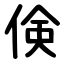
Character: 倹